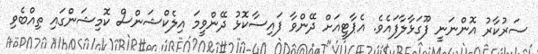
ސަރުކާރު އޮންނަނީ ފޫގަޅާލާފައެވެ. އެޕާޓީއަށް ދޭންވާ ފައިސާކޮޅު ދޭންވީމަ އިލެކްޝަންސް ކޮމިޝަންގައި ތިއްބެވި